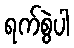
ရက်စွဲပါ